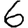
Digit: 6